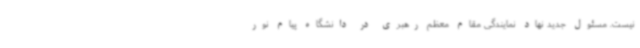
نیست. مسئول جدید نهاد نمایندگی مقام معظم رهبری در دانشگاه پیام نور